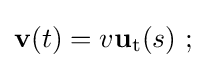
\mathbf {v} (t)=v\mathbf {u} _{\mathrm {t} }(s)\ ;